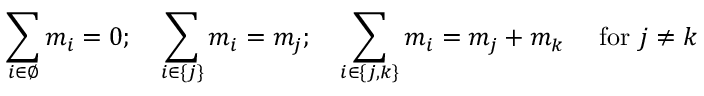
\sum _ { i \in \emptyset } { m _ { i } } = 0 ; \quad \sum _ { i \in \{ j \} } { m _ { i } } = m _ { j } ; \quad \sum _ { i \in \{ j , k \} } { m _ { i } } = m _ { j } + m _ { k } \quad { \mathrm { ~ f o r ~ } } j \neq k